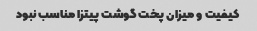
کیفیت و میزان پخت گوشت پیتزا مناسب نبود